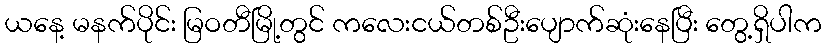
ယနေ့ မနက်ပိုင်း မြဝတီမြို့တွင် ကလေးငယ်တစ်ဦးပျောက်ဆုံးနေပြီး တွေ့ရှိပါက